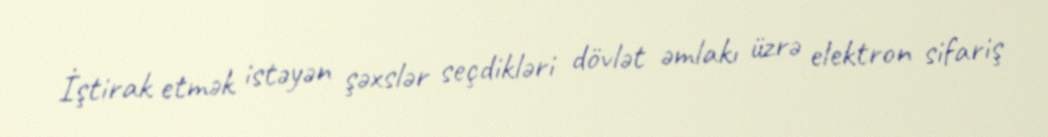
İştirak etmək istəyən şəxslər seçdikləri dövlət əmlakı üzrə elektron sifariş